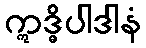
ဣဒ္ဓိပါဒါနံ